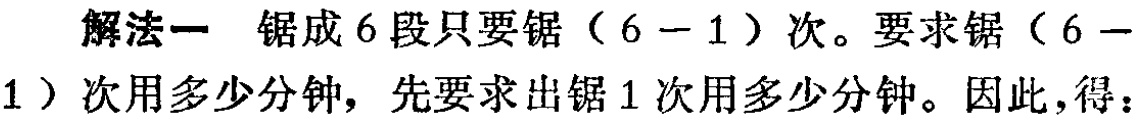
解法一 锯成6段只要锯（6 - 1）次。要求锯（6 - 1）次用多少分钟，先要求出锯1次用多少分钟。因此，得：